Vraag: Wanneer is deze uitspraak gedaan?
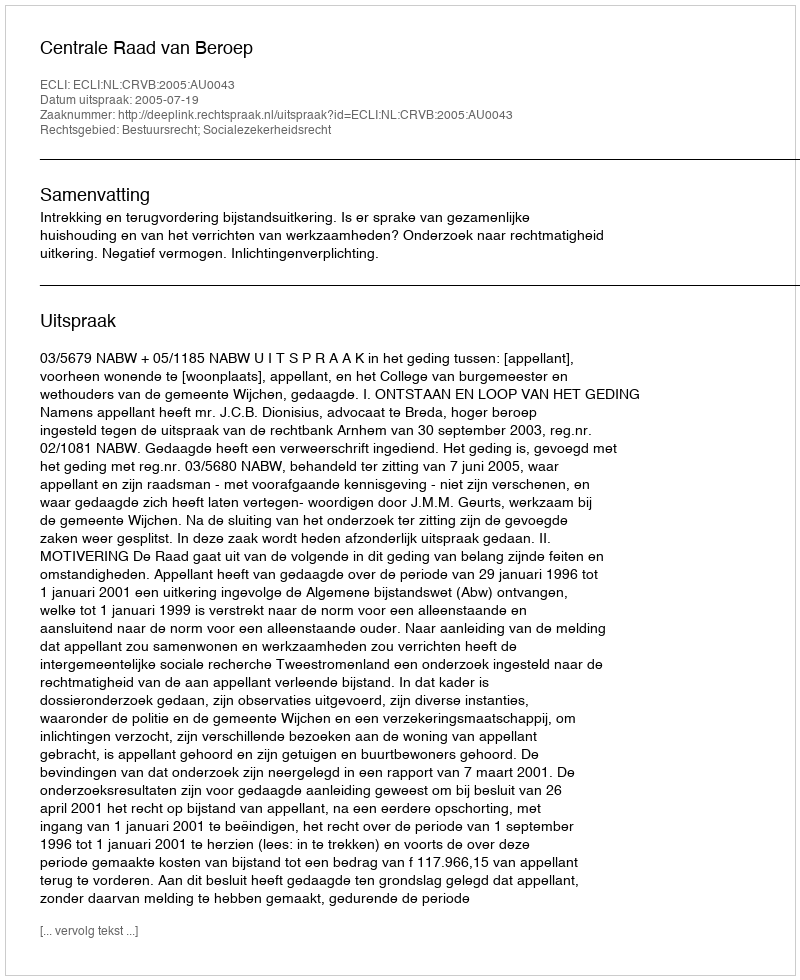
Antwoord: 2005-07-19